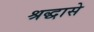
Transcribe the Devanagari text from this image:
श्रद्धासे